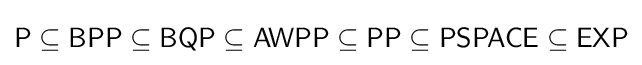
{\mathsf {P\subseteq BPP\subseteq BQP\subseteq AWPP\subseteq PP\subseteq PSPACE\subseteq EXP}}